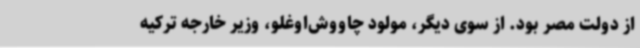
از دولت مصر بود. از سوی دیگر، مولود چاووش‌اوغلو، وزیر خارجه ترکیه